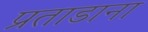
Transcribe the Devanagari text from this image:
प्रताडाना